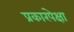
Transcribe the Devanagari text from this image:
प्रकारपेक्षा